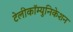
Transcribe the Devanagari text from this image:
टेलीकॉम्युनिकेशन